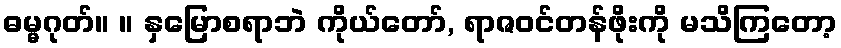
ဓမ္မဂုတ်။ ။ နှမြောစရာဘဲ ကိုယ်တော်, ရာဇဝင်တန်ဖိုးကို မသိကြတော့